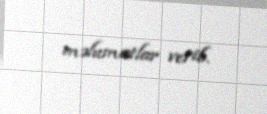
məlumatlar verib.